Indian Medical Review
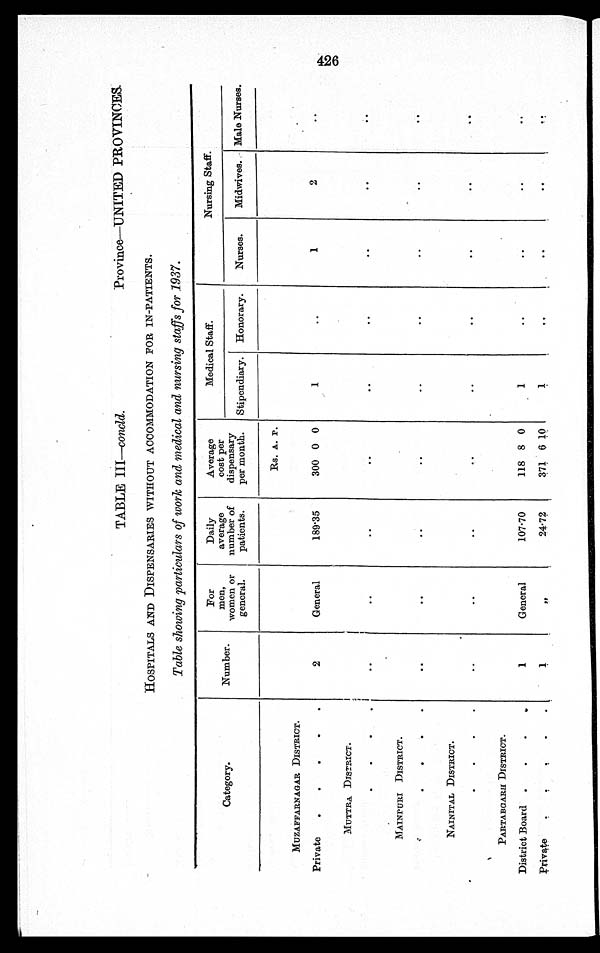
TABLE III—concld. Province—UNITED PROVINCES.
HOSPITALS AND DISPENSARIES WITHOUT ACCOMMODATION FOR IN-PATIENTS.
Table showing particulars of work and medical and nursing staffs for 1937.
Category.
Number.
For
men,
women or
general.
Daily
average
number of
patients.
Average
cost per
dispensary
per month.
Medical Staff.
Nursing Staff.
Stipendiary. Honorary.
Nurses.
Midwives. Male Nurses.
MUZAFFARNAGAR DISTRICT.
Rs. A. P.
.
Private
.
.
.
.
.
2
General
189.35
300 0 0
1
..
1
2
..
MUTTRA DISTRICT.
. . . .
. .
..
. .
. .
. .
. .
. .
. .
..
MAINPURI DISTRICT.
. . . .
. .
..
. .
. .
. .
. .
. .
. .
. .
NAINITAL DISTRICT.
. . . .
. .
..
. .
. .
. .
. .
. .
. .
. .
PARTABGARH DISTRICT.
District Board .
.
. .
1
General
107.70
118 8 0
1
. .
. .
. .
. .
Private
. . . . .
1
"
24.72
371 6
1 0
1
. .
..
. .
. .